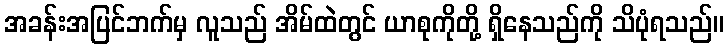
အခန်းအပြင်ဘက်မှ လူသည် အိမ်ထဲတွင် ယာစုကိုတို့ ရှိနေသည်ကို သိပုံရသည်။